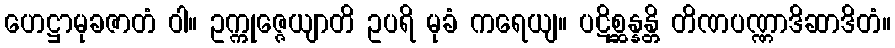
ဟေဋ္ဌာမုခဇာတံ ဝါ။ ဥက္ကုဇ္ဇေယျာတိ ဥပရိ မုခံ ကရေယျ။ ပဋိစ္ဆန္နန္တိ တိဏပဏ္ဏာဒိဆာဒိတံ။